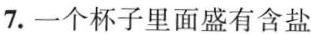
7.一个杯子里面盛有含盐